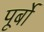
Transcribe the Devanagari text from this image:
पूर्बो